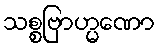
သစ္စဗြာဟ္မဏော